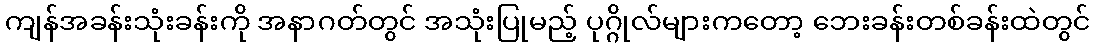
ကျန်အခန်းသုံးခန်းကို အနာဂတ်တွင် အသုံးပြုမည့် ပုဂ္ဂိုလ်များကတော့ ဘေးခန်းတစ်ခန်းထဲတွင်